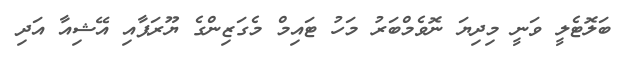
ބަލޮޓެލީ ވަނީ މިދިޔަ ނޮވެމްބަރު މަހު ޓައިމް މެގަޒިންގެ ޔޫރަޕާއި އޭޝިއާ އަދި